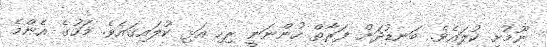
ނޫމުށި ކުލައެވެ. ބަނޑުދަށް ފަރާތް ހުންނަނީ ރިހި އަޅި ކުލައިގައެވެ. މަހުގެ އެންމެ